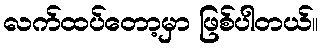
လက်ထပ်တော့မှာ ဖြစ်ပါတယ်။